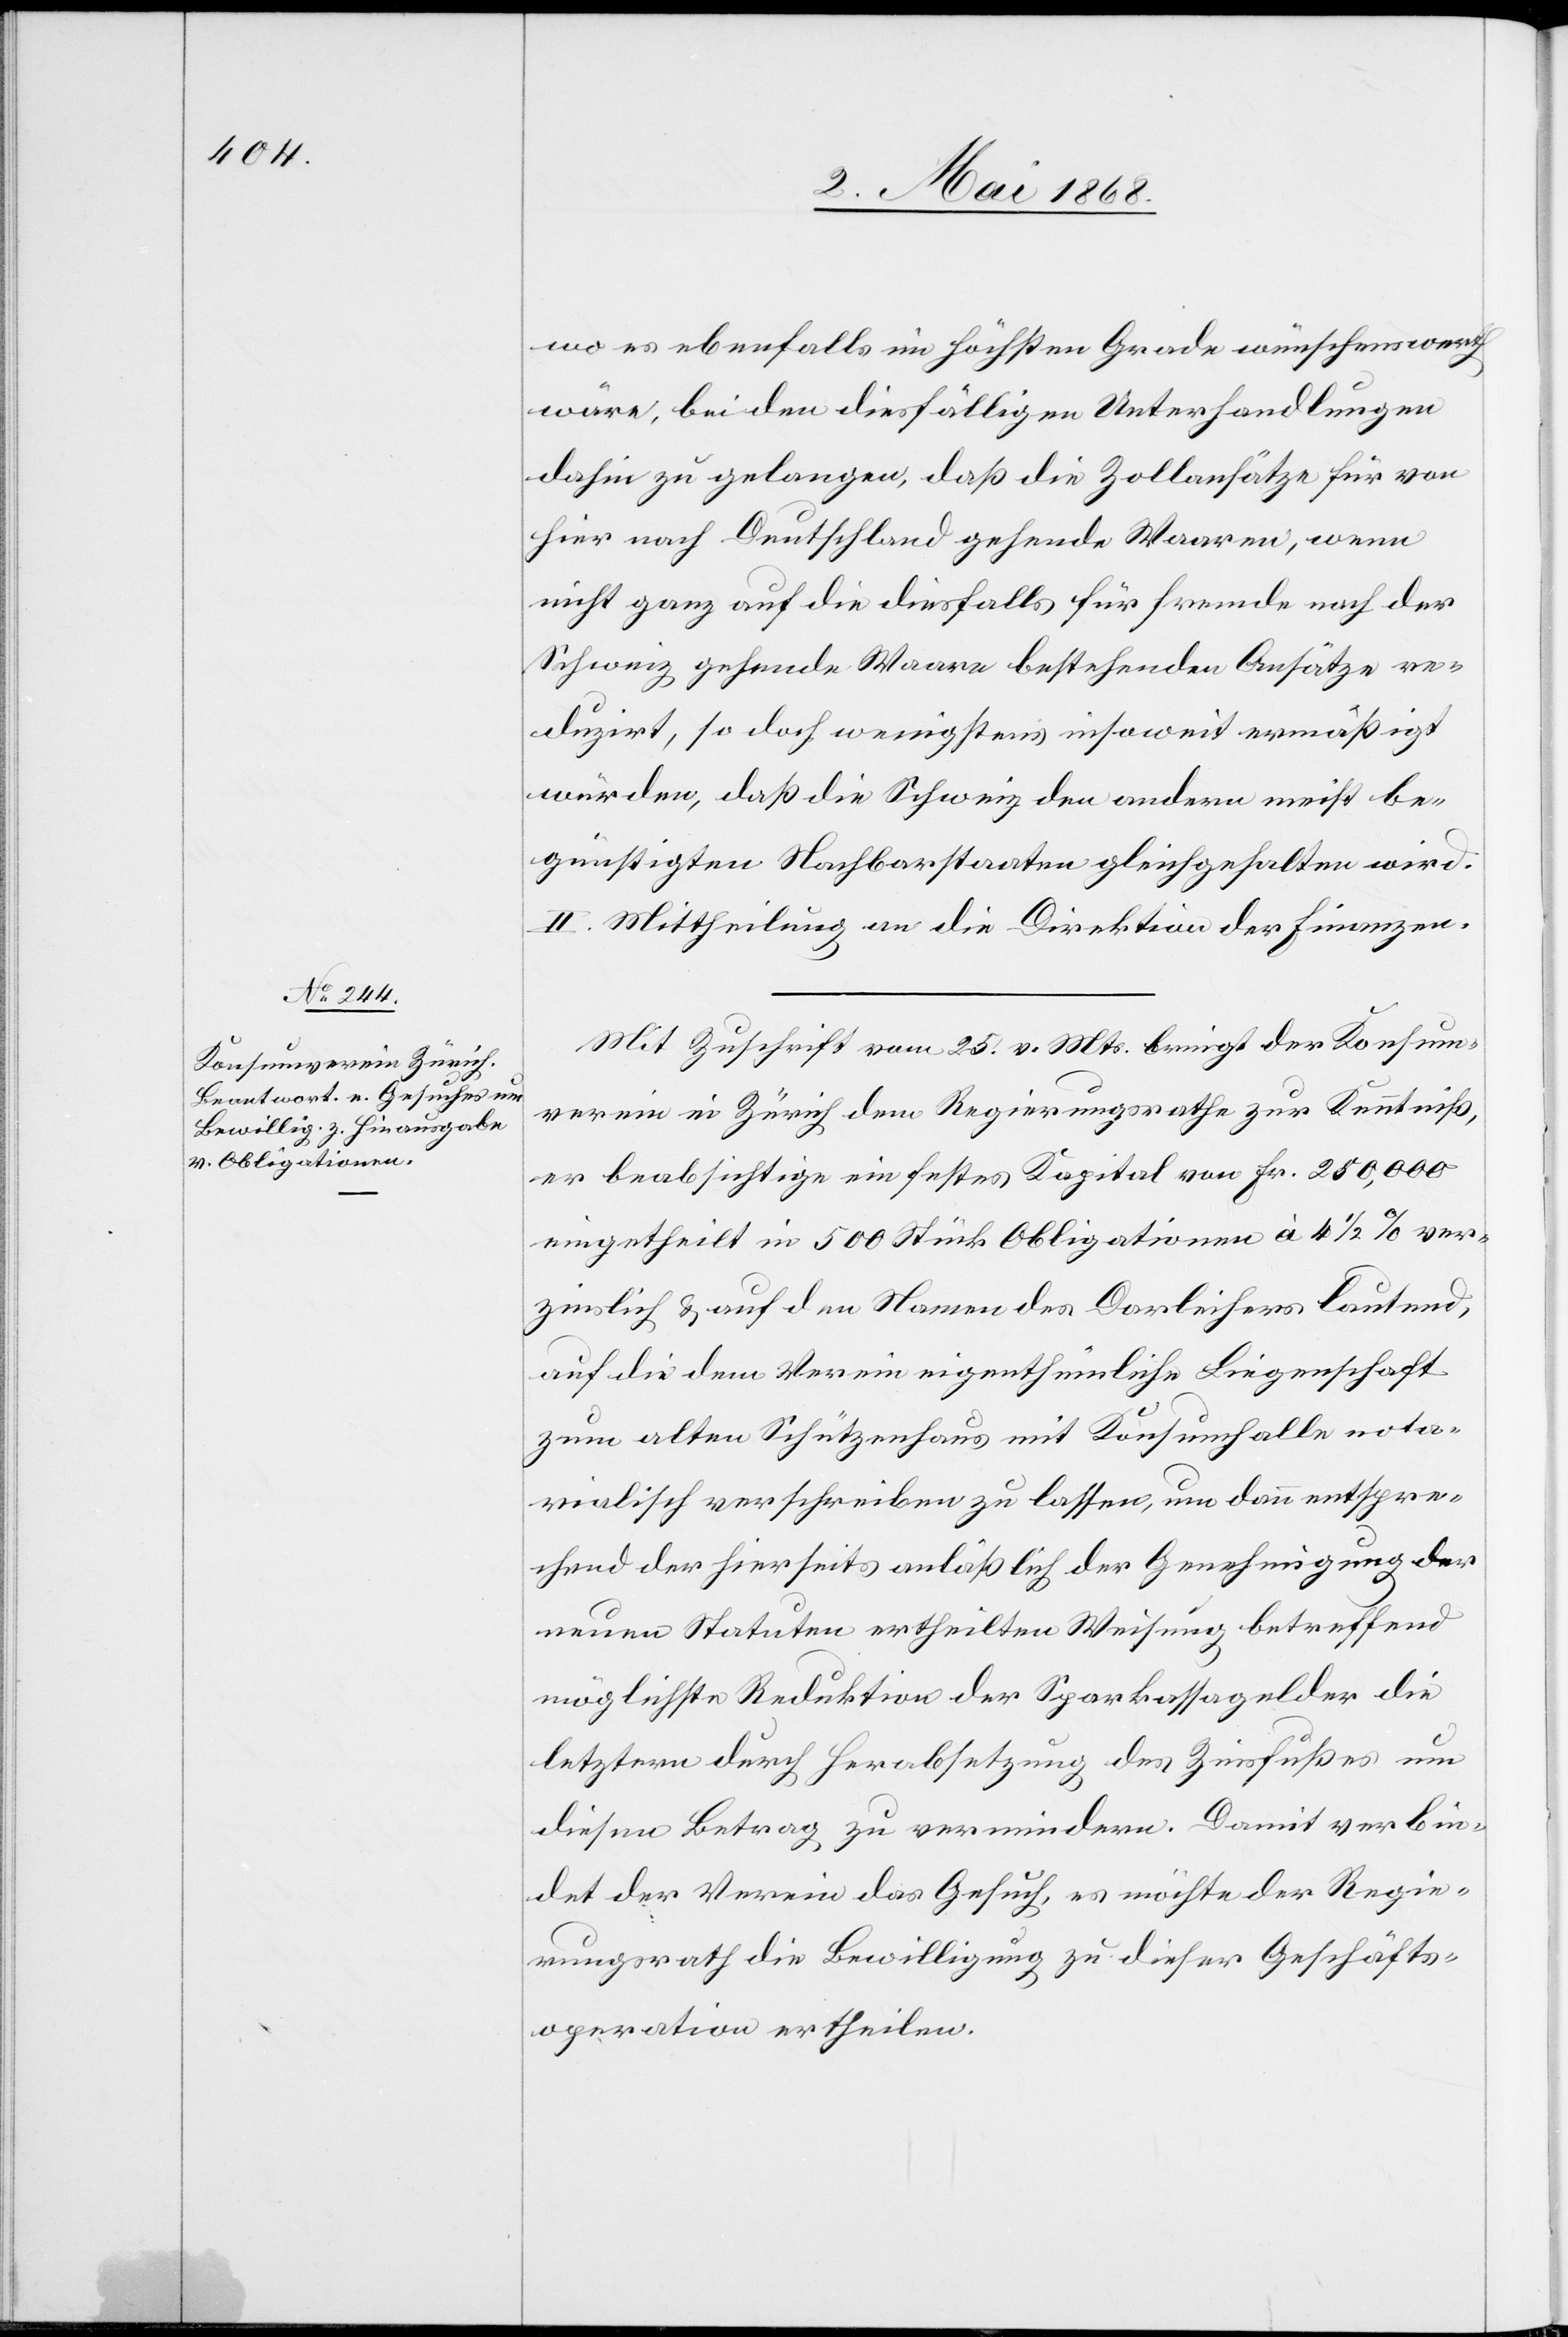
wo es ebenfalls im höchsten Grade wünschenswerth
wäre, bei den diesfälligen Unterhandlungen
dahin zu gelangen, daß die Zollansätze für von
hier nach Deutschland gehende Waaren, wenn
nicht ganz auf die diesfalls für fremde nach der
Schweiz gehende Waare bestehenden Ansätze re¬
duzirt, so doch wenigstens insoweit ermäßigt
würden, daß die Schweiz den andern meist be¬
günstigten Nachbarstaaten gleichgehalten wird.
II. Mittheilung an die Direktion der Finanzen.
Mit Zuschrift vom 25. v. Mts. bringt der Konsum¬
verein in Zürich dem Regierungsrathe zur Kenntniß,
er beabsichtige ein festes Kapital von Fr. 250,000
eingetheilt in 500 Stück Obligationen à 4 1/2 % ver¬
zinslich & auf den Namen des Darleihers lautend,
auf die dem Verein eigenthümliche Liegenschaft
zum alten Schützenhaus mit Konsumhalle nota¬
rialisch verschreiben zu lassen, um dann entspre¬
chend der hierseits anläßlich der Genehmigung der
neuen Statuten ertheilten Weisung betreffend
möglichste Reduktion der Sparkassagelder die
letztern durch Herabsetzung des Zinsfußes um
diesen Betrag zu vermindern. Damit verbin¬
det der Verein das Gesuch, es möchte der Regie¬
rungsrath die Bewilligung zu dieser Geschäfts¬
operation ertheilen.